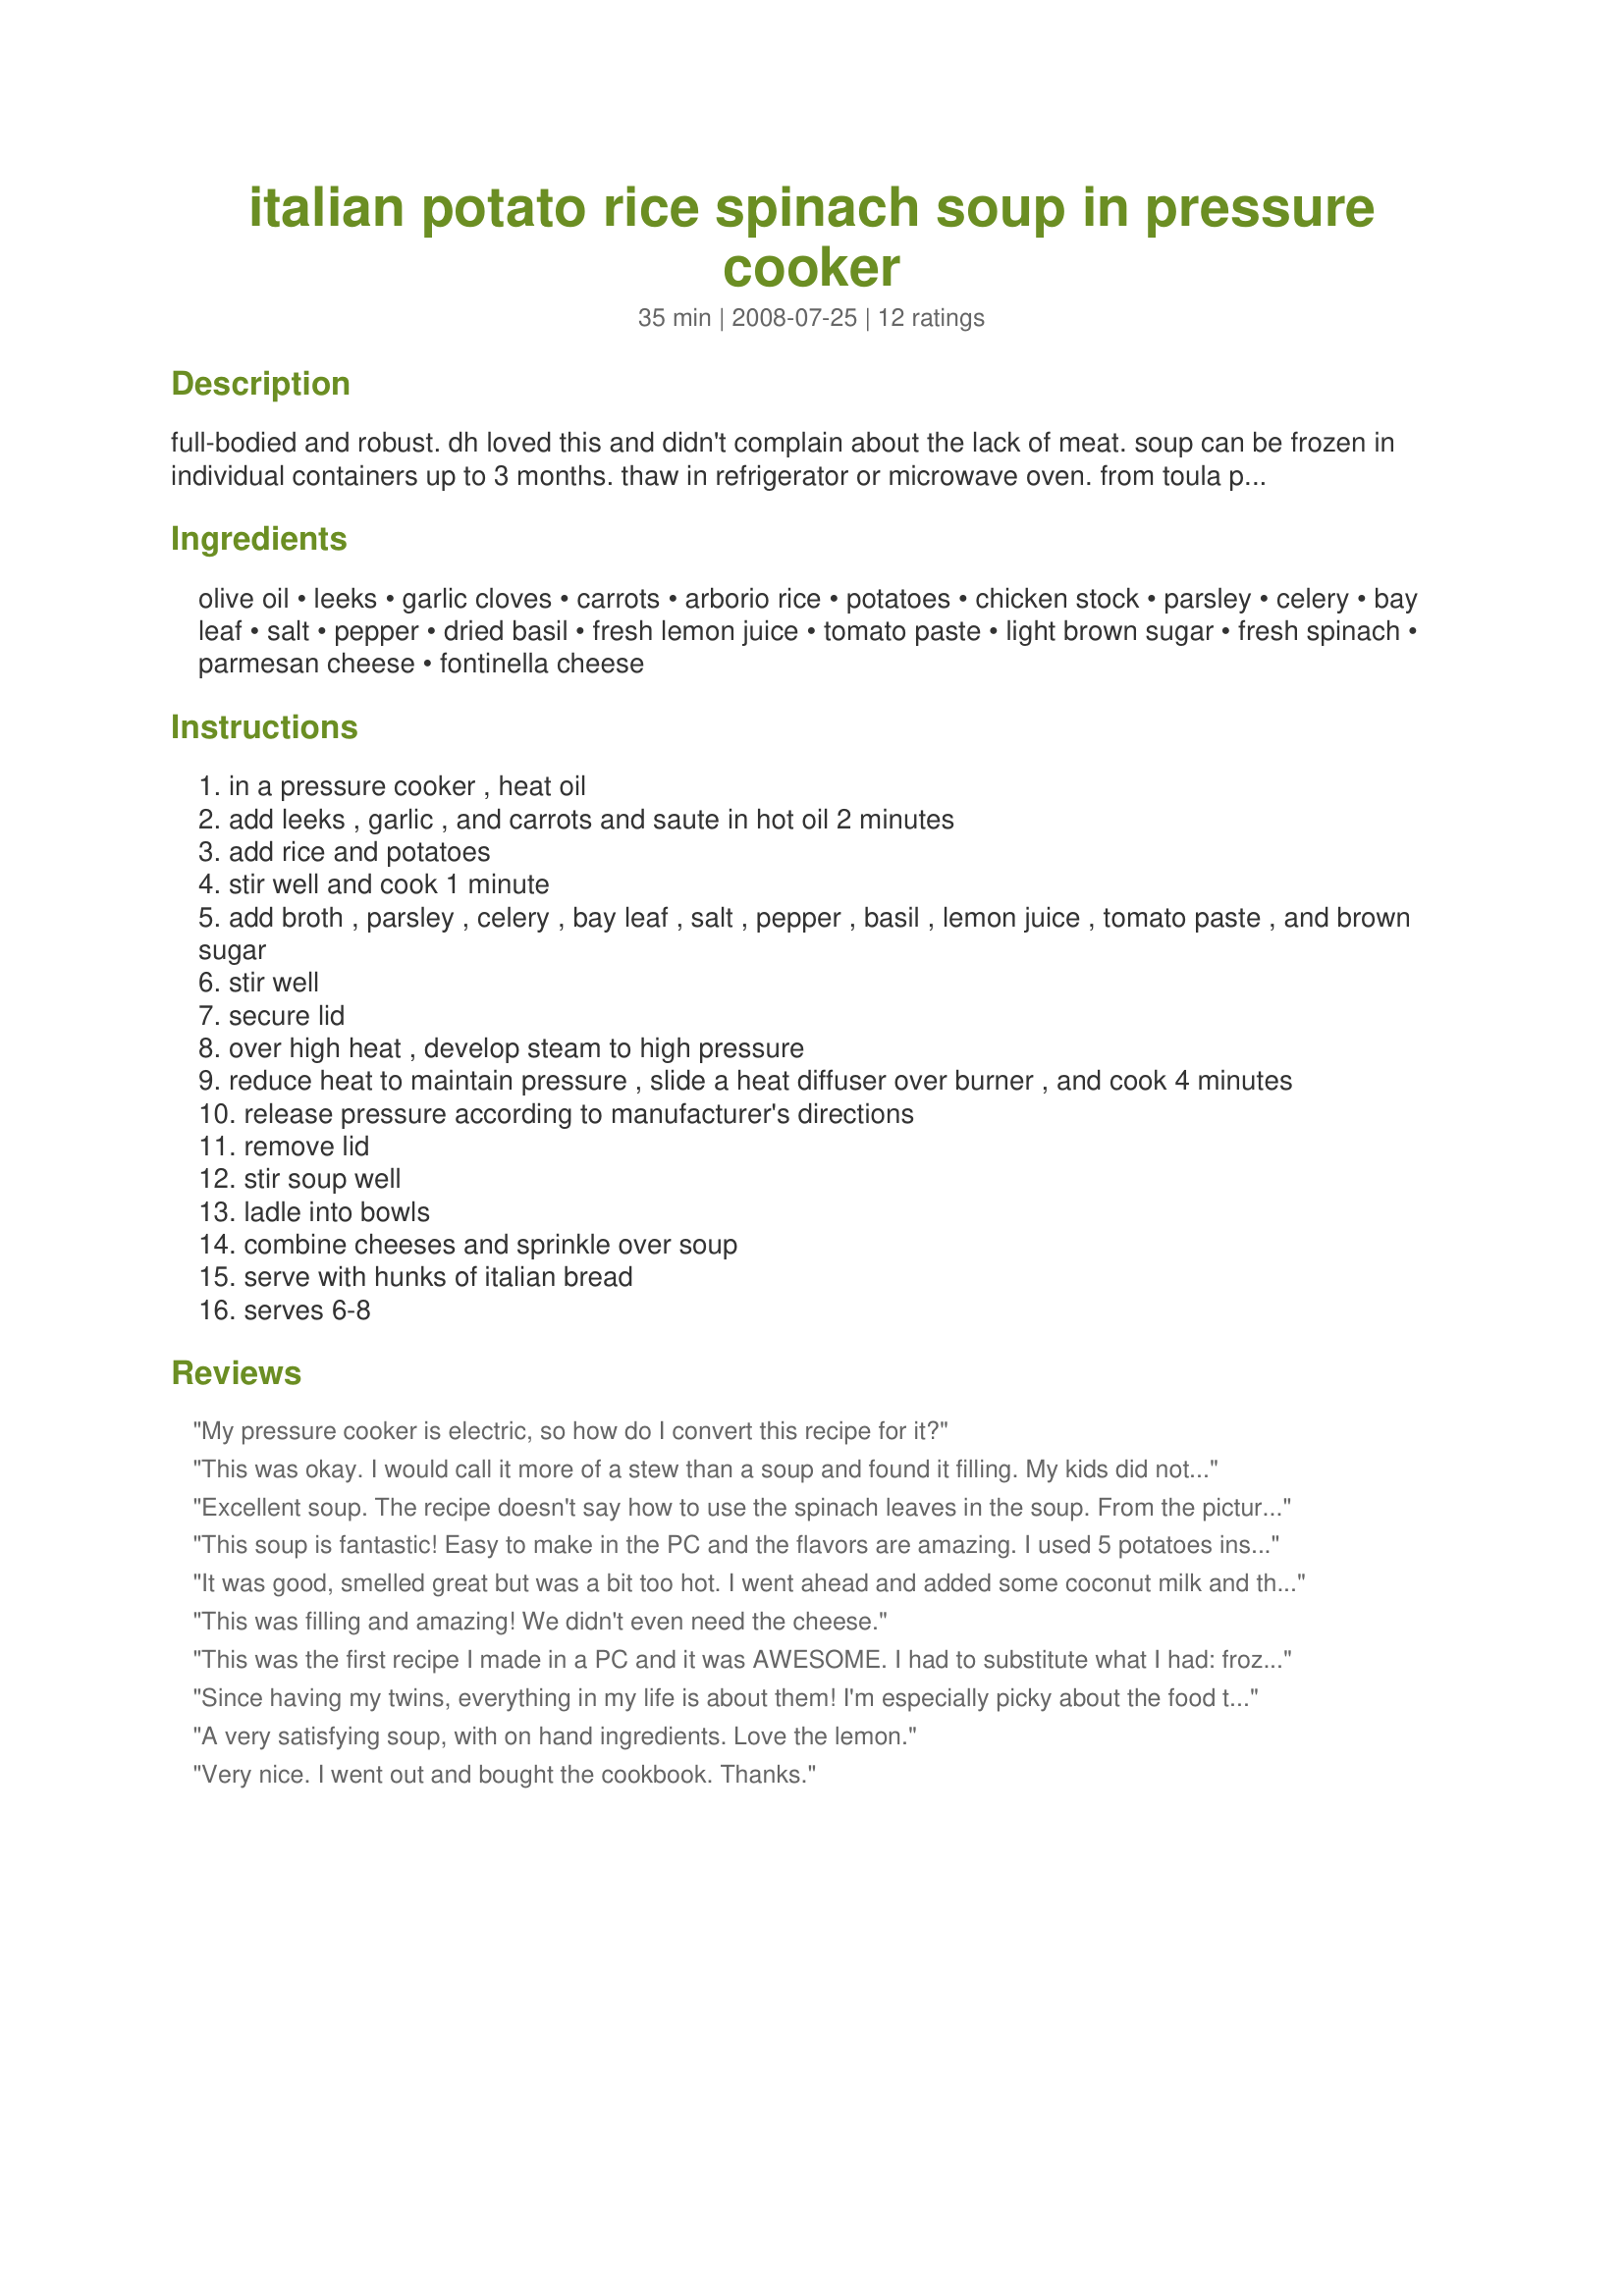
italian potato rice spinach soup in pressure cooker
Preparation time: 35 minutes

full-bodied and robust. dh loved this and didn't complain about the lack of meat. soup can be frozen in individual containers up to 3 months. thaw in refrigerator or microwave oven. from toula patsalis's "the pressure cooker cookbook."

Ingredients:
olive oil, leeks, garlic cloves, carrots, arborio rice, potatoes, chicken stock, parsley, celery, bay leaf, salt, pepper, dried basil, fresh lemon juice, tomato paste, light brown sugar, fresh spinach, parmesan cheese, fontinella cheese

Steps:
in a pressure cooker , heat oil
add leeks , garlic , and carrots and saute in hot oil 2 minutes
add rice and potatoes
stir well and cook 1 minute
add broth , parsley , celery , bay leaf , salt , pepper , basil , lemon juice , tomato paste , and brown sugar
stir well
secure lid
over high heat , develop steam to high pressure
reduce heat to maintain pressure , slide a heat diffuser over burner , and cook 4 minutes
release pressure according to manufacturer's directions
remove lid
stir soup well
ladle into bowls
combine cheeses and sprinkle over soup
serve with hunks of italian bread
serves 6-8

Reviews:
My pressure cooker is electric, so how do I convert this recipe for it?
This was okay. I would call it more of a stew than a soup and found it filling. My kids did not want to taste it or eat it all.
Excellent soup. The recipe doesn't say how to use the spinach leaves in the soup. From the picture it appears that they are added after the fact. I decided to add spinach to the soup before cooking it. Made it more flavorful in my opinion . I don't know how anyone could possibly do the prep work in just 10 minutes. It took me about 30 to assemble all the ingredients and chop the vegetables.
This soup is fantastic! Easy to make in the PC and the flavors are amazing. I used 5 potatoes instead of 3 and increased the chicken broth to 6 cups. My family loved it with the cheese on top and crusty bread. Will definitely make again!
It was good, smelled great but was a bit too hot. I went ahead and added some coconut milk and that helped. Next time I will se more potatoes. Of course I forgot to add the garlic and didn't have cauliflower on hand. Would broccoli have worked? Also, can this dish be frozen to have for later?
This was filling and amazing! We didn't even need the cheese.
This was the first recipe I made in a PC and it was AWESOME. I had to substitute what I had: frozen chopped spinach, brown rice for arborio, and 2 frozen chix breasts for the cheese. 25 minutes later, we had a hearty soup that everyone in my family loved, including the kids! Thank you. (After releasing steam, I removed chix, cut up, then returned to pot.)
Since having my twins, everything in my life is about them! I'm especially picky about the food they eat. And bloody hell is this meal healthy and fantastic! I love that my 5 year old's devour it. Its jam packed with vege, its filling, its higher in carbs, which is great for growing kids who dont eat a lot, i can take it to work in a thermos and have a healthy lunch myself, or take it on the road with us, as we travel quite a bit. I added more garlic, more parsley, celery, tomato paste, so as not to waste anything, and it just tastes so delicious. I was a bit puzzled about the brown sugar, but it works. The spinach i added prior to closing the li and pressure cooking = nice and soft for my kids not to turn their noses up at it! Its one of those meals you can tweak to suit your taste and needs. I love that it was ready by the time i washed the dishes! A definite keeper.
A very satisfying soup, with on hand ingredients. Love the lemon.
Very nice. I went out and bought the cookbook. Thanks.
My men folk and I love this soup!
Though, It could use more lemon juice for my taste...I don't eat dairy products so, mine had no cheese. Also, I couldn't find the arborio rice so, just used Japanese rice.
Very tasty, filling soup!
I forgot the cheese but it was awesome without it. Thanks for a great recipe.
